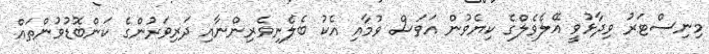
މިނިސްޓަރު ވިދާޅުވީ އޭލެވެލްގެ ކިޔެވުން އަވަސް ވުމާއި އެކު ބެލެނިވެރިންނާއި ދަރިވަރުންގެ ކަންބޮޑުވުންތައް